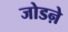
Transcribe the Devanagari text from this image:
जोडऩे